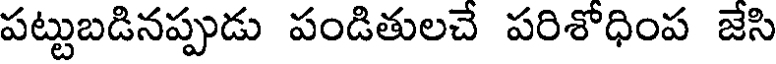
పట్టుబడినప్పుడు పండితులచే పరిశోధింప జేసి